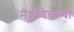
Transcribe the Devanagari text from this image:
मॅक्डॉवेलच्या